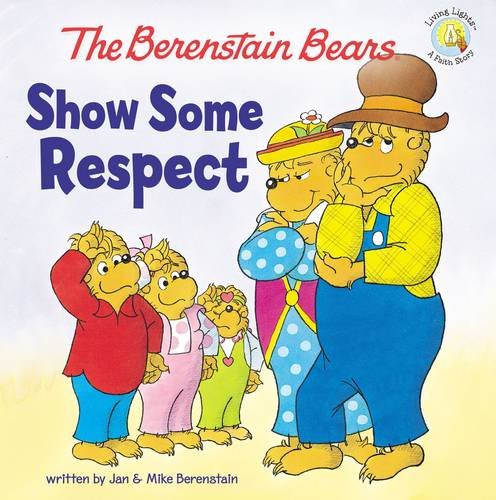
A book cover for The Berenstain Bears Show Some Respect (Berenstain Bears/Living Lights); Jan Berenstain; Education & Teaching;